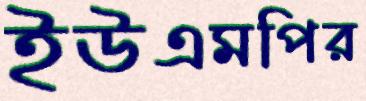
ইউএমপির